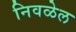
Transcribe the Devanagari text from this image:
निवळेल